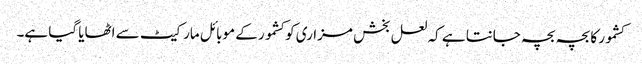
کشمور کا بچہ بچہ جانتا ہے کہ لعل بخش مزاری کو کشمور کے موبائل مارکیٹ سے اٹھایا گیا ہے۔